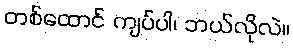
တစ်ထောင် ကျပ်ပါ၊ ဘယ်လိုလဲ။